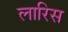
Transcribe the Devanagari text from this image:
लारिस